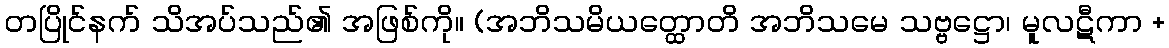
တပြိုင်နက် သိအပ်သည်၏ အဖြစ်ကို။ (အဘိသမိယတ္ထောတိ အဘိသမေ သဗ္ဗဋ္ဌော၊ မူလဋီကာ +